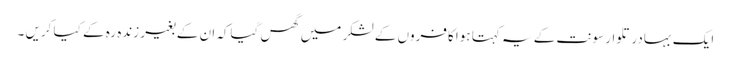
ایک بہادر تلوار سونت کے یہ کہتا ہوا کافروں کے لشکر میں گھس گیاکہ ان کے بغیر زندہ رہ کے کیا کریں ۔